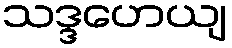
သဒ္ဒဟေယျ